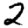
Digit: 2